Civil Veterinary Department Bihar & Orissa reports 1929-36 - 1929-1936
Year: 1929
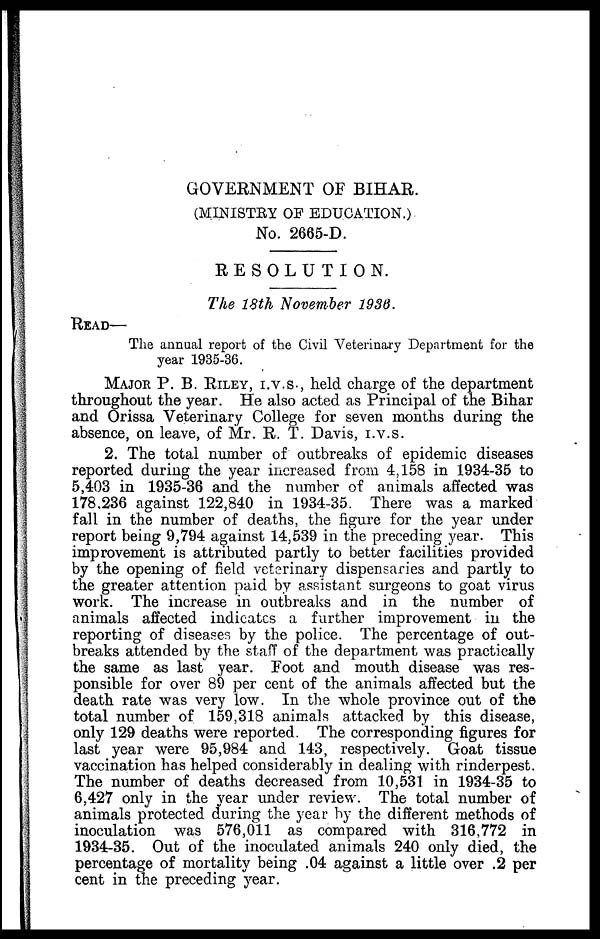
GOVERNMENT OF BIHAR.
(MINISTRY OF EDUCATION.)
No. 2665-D.
RESOLUTION.
The 18th November 1936.
READ—
The annual report of the Civil Veterinary Department for the
year 1935-36.
MAJOR P. B. RILEY, I.V.S-, held charge of the department
throughout the year. He also acted as Principal of the Bihar
and Orissa Veterinary College for seven months during the
absence, on leave, of Mr. R. T. Davis, i.v.s.
2. The total number of outbreaks of epidemic diseases
reported during the year increased from 4,158 in 1934-35 to
5,403 in 1935-36 and the number of animals affected was
178,236 against 122,840 in 1934-35. There was a marked
fall in the number of deaths, the figure for the year under
report being 9,794 against 14,539 in the preceding year. This
improvement is attributed partly to better facilities provided
by the opening of field veterinary dispensaries and partly to
the greater attention paid by assistant surgeons to goat virus
work. The increase in outbreaks and in the number of
animals affected indicates a further improvement in the
reporting of diseases by the police. The percentage of out-
breaks attended by the staff of the department was practically
the same as last year. Foot and mouth disease was res-
ponsible for over 89 per cent of the animals affected but the
death rate was very low. In the whole province out of the
total number of 159,318 animals attacked by this disease,
only 129 deaths were reported. The corresponding figures for
last year were 95,984 and 143, respectively. Goat tissue
vaccination has helped considerably in dealing with rinderpest.
The number of deaths decreased from 10,531 in 1934-35 to
6,427 only in the year under review. The total number of
animals protected during the year by the different methods of
inoculation was 576,011 as compared with 316,772 in
1934-35. Out of the inoculated animals 240 only died, the
percentage of mortality being .04 against a little over .2 per
cent in the preceding year.